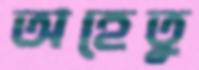
অহেতু